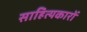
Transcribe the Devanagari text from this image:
साहित्‍यकारों